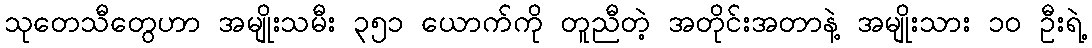
သုတေသီတွေဟာ အမျိုးသမီး ၃၅၁ ယောက်ကို တူညီတဲ့ အတိုင်းအတာနဲ့ အမျိုးသား ၁၀ ဦးရဲ့